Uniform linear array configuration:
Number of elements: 16
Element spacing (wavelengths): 0.25
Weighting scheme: hamming
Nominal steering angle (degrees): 15
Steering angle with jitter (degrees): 16.99
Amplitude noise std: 0.05
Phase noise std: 0.05

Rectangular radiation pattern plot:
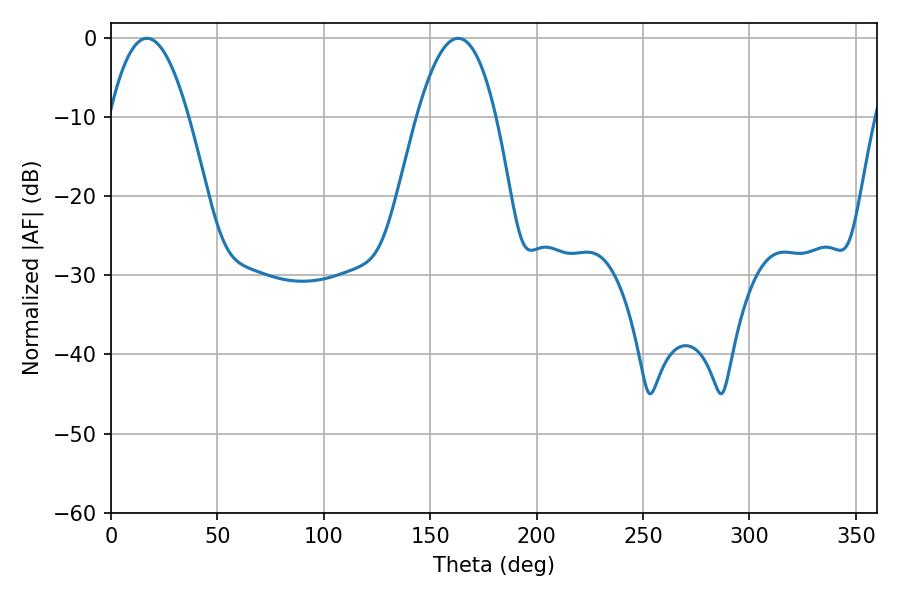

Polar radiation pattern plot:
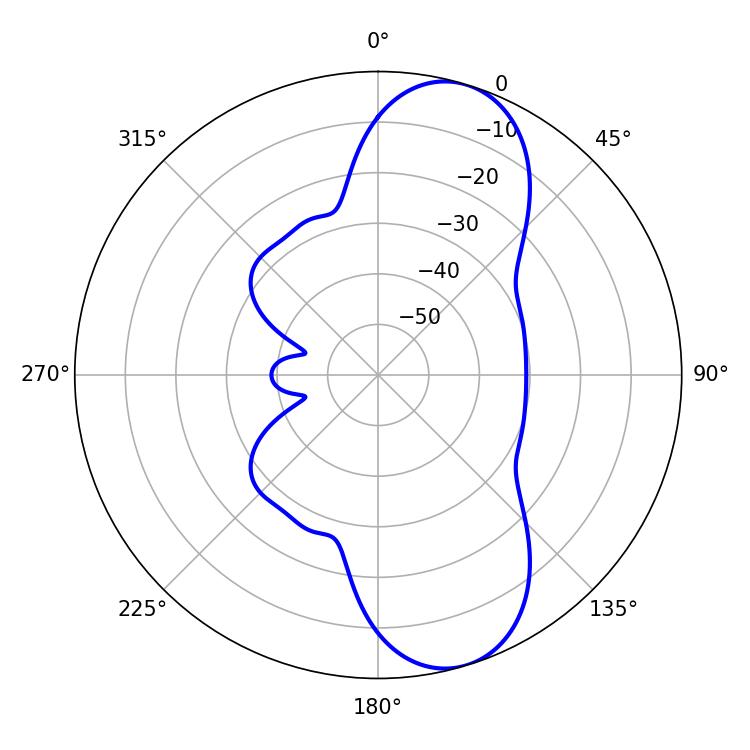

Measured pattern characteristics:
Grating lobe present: FALSE
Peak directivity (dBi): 9.434
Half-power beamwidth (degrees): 20.34
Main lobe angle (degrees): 16.92